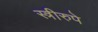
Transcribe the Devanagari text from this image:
स्त्रीरुपे